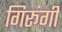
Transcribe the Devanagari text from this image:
गिरूंगी